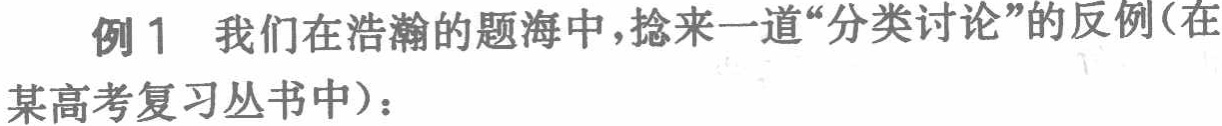
例1 我们在浩瀚的题海中，捻来一道“分类讨论”的反例（在
某高考复习丛书中）：